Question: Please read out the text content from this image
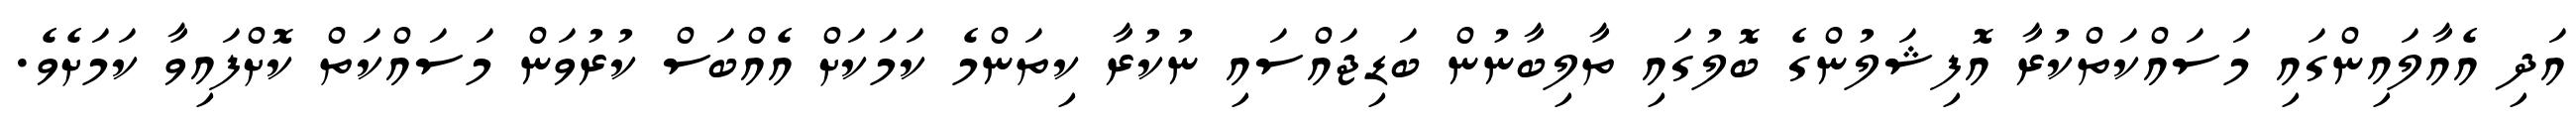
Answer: އަދި އެއާލައިންގައި މަސައްކަތްކުރާ އޮފިޝަލުންގެ ބޮލުގައި ތާލިބާނުން ބަޑިޖައްސައި ނުކުރާ ކިތަންމެ ކަމަކަށް އެއްބަސް ކުރުވަން މަސައްކަތް ކޮށްފައިވާ ކަމަށެވެ.